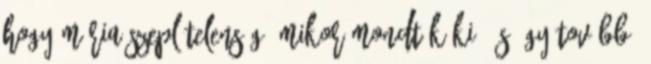
hogy Mária szeplőtelenségé mikor mondták ki, és így tovább.